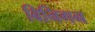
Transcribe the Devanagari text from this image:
बिनिगन